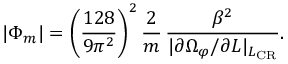
\vert \Phi _ { m } \vert = \left( \frac { 1 2 8 } { 9 \pi ^ { 2 } } \right) ^ { 2 } \frac { 2 } { m } \, \frac { \beta ^ { 2 } } { \vert \partial \Omega _ { \varphi } / \partial L \vert _ { L _ { \mathrm { C R } } } } .